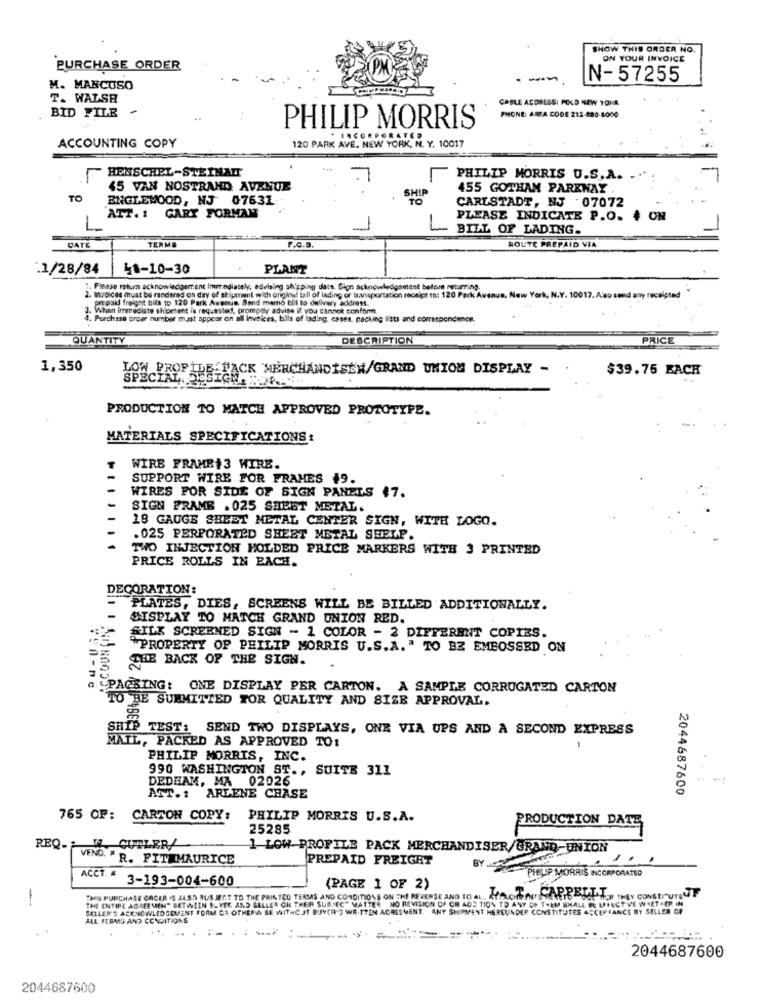
SHOW THIS ORDER NO.
ON YOUR INVOICE
PURCHASE ORDER
-n
N-57255
M. MANCUSO
T. WALSH
CABLE ADDRESS: POLD NEW TONA
BID FILE -
PHONE: ARPA CODE 212-880-1000
PHILIP MORRIS
ACCOUNTING COPY
120 PARK AVE, NEW YORK, N. Y. 10017
HEMSCHEL-STEIHALT
PHILIP MORRIS U.S. A.
45 VAN NOSTRAND AVENUE
SHIP
455 GOTHAM PARKWAY
TO
ENGLEWOOD, NJ 07631:
CARLSTADT, NJ 07072
ATT. 1 GARY FORMAM
PLEASE INDICATE P.O. # ON
-
7
BILL OF LADING.
TERME
CATE
P.C.B.
ROUTE PREPAID VIA
.1/28/84
41-10-30
PLANT
2. Please return acknowledgement Immediately, advising shipping dats. Sign acknowledgement before returning.
2. Invoices must be rendered on day of shipment with original ball of lading of transportation receipt to: 120 Park Avenue, New York, N.Y. 10017. Also send any receipted
prepaid freight bits to 120 Park Avenue. Sand mamo bill to delivery address.
3. When Immediate shipment is requested, promptly advise if you Cannot conform.
4. Purchase order number mast appear on all Invoices, bills of lading cases, packing lists and correspondence.
QUANTITY
DESCRIPTION
PRICE
1,350
LOW PROFILE FACK MERCHANDISEN/GRAND UNION DISPLAY -
$39.75 EACH
SPECIAL, SES
PRODUCTION TO MATCH APPROVED PROTOTYPE.
MATERIALS SPECIFICATIONS:
WIRE FRAME+3 WIRE.
SUPPORT WIRE FOR FRAMES $9.
WIRES FOR SIDE OF SIGN PANELS #7.
SIGN FRAME . 025 SHEET METAL.
PRISI
18 GAUGE SHEET METAL CENTER SIGN, WITH LOGO.
.025 PERFORATED SHEET METAL SHELF.
TWO INJECTION MOLDED PRICE MARKERS WITH 3 PRINTED
PRICE ROLLS IN EACH.
DECORATION:
PLATES, DIES, SCREENS WILL BE BILLED ADDITIONALLY.
SISPLAY TO MATCH GRAND UNION RED.
ACCOUNT
SILK SCREENED SIGN - 1 COLOR - 2 DIFFERENT COPIES.
"PROPERTY OF PHILIP MORRIS U.S.A." TO BZ EMBOSSED ON
THE BACK OF THE SIGN.
PAGBING: ONE DISPLAY PER CARTON. A SAMPLE CORRUGATED CARTON
TO BE SUBMITTED FOR QUALITY AND SIZE APPROVAL.
SHIP TEST: SEND TWO DISPLAYS, ONE VIA UPS AND A SECOND EXPRESS
MAIL, PACKED AS APPROVED TO1
PHILIP MORRIS, INC.
990 WASHINGTON ST ., SUITE 311
DEDEAM, MA 02026
2044687600
ATT .: ARLENE CHASE
765 OF: CARTON COPY:
PHILIP MORRIS U.S.A.
PRODUCTION DATE
25285
REQ-VEN
W.CUTLER/
1 LOW PROFILE PACK MERCHANDISER/GRAND-UNION
VEND. " R. FITEMAURICE
PREPAID FREIGHT
BY
PHILIP MORRIS INCORPORATED
ACCT. # 3-193-004-600
(PAGE 1 OF 2)
-
THE ENTIRE AGREEMENT BETWEEN ILYES AND SELLEA CH THEIR SUREC" MATTER NO REVISION OF OR AOS TION TO ANY OF THEM SHALL BE LIFECT VE WHETHER IN
THIS PURCHASE ORCEA IS ALSO AUS IGT TO THE PRINTED TERMS AND CONDITIONS ON THE REVERSE AND TO AL.
HACHEINTANTO-BOL TER THEY CONSTITUTEVE
SELLER'S ACKNOWLEDGEMENT FORM CA OFKERK SE WITHC JT BUYER-O WRITTEN AGREEMENT. ANY SHIPMENT HEREUNDER CONSTITUTES ACCEPTANCE BY SELLER OF
ALL TERMS AND CONDITIONS
:
=
2044687600
2044687600